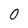
Character: 0